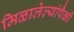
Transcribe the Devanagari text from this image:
मिळालेल्यांपैकी